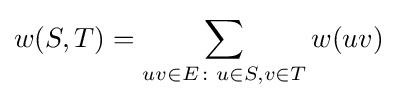
w(S,T)=\sum _{uv\in E\colon u\in S,v\in T}w(uv)